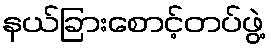
နယ်ခြားစောင့်တပ်ဖွဲ့